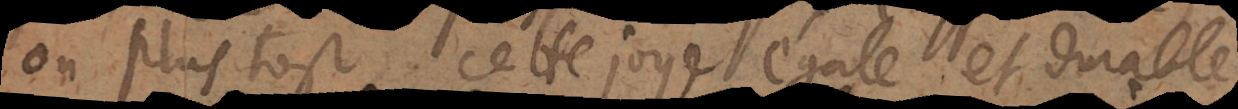
ou plus tost cette joye égale et durable